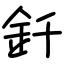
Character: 釺